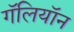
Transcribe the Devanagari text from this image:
गॅलियॉन